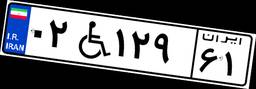
۰۲W۱۲۹۶۱